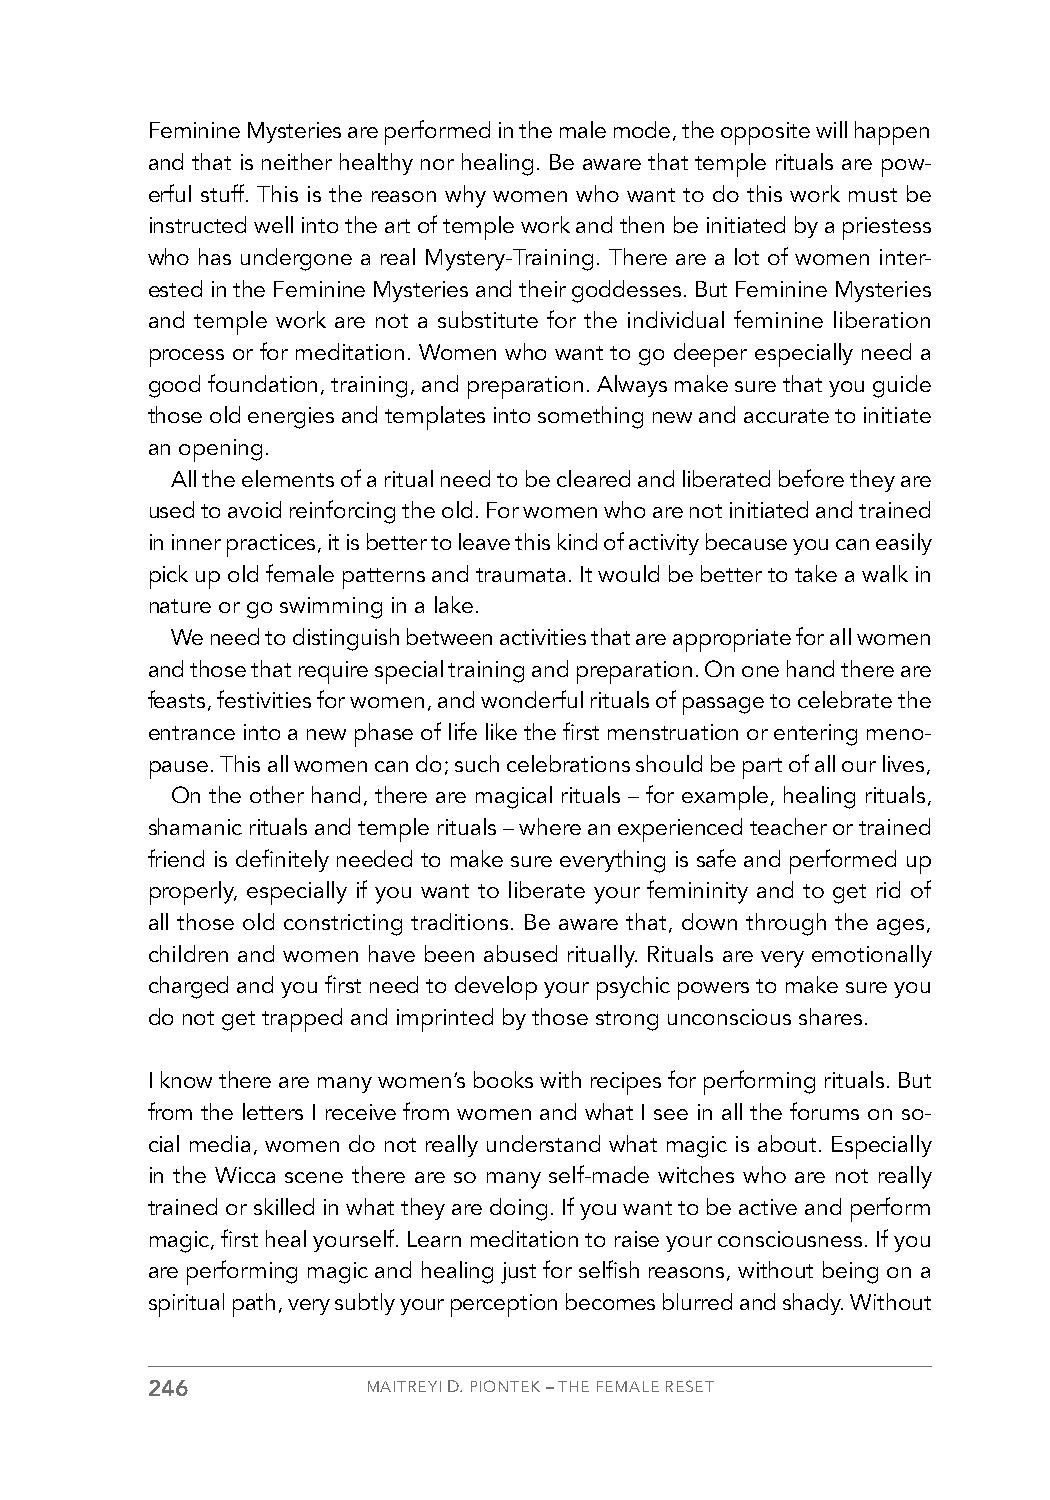
Feminine Mysteries are performed in the male mode, the opposite will happen
 and that is neither healthy nor healing. Be aware that temple rituals are pow-
 erful stuff. This is the reason why women who want to do this work must be
 instructed well into the art of temple work and then be initiated by a priestess
 who has undergone a real Mystery-Training. There are a lot of women inter-
 ested in the Feminine Mysteries and their goddesses. But Feminine Mysteries
 and temple work are not a substitute for the individual feminine liberation
 process or for meditation. Women who want to go deeper especially need a
 good foundation, training, and preparation. Always make sure that you guide
 those old energies and templates into something new and accurate to initiate
 an opening.
 All the elements of a ritual need to be cleared and liberated before they are
 used to avoid reinforcing the old. For women who are not initiated and trained
 in inner practices, it is better to leave this kind of activity because you can easily
 pick up old female patterns and traumata. It would be better to take a walk in
 nature or go swimming in a lake.
 We need to distinguish between activities that are appropriate for all women
 and those that require special training and preparation. On one hand there are
 feasts, festivities for women, and wonderful rituals of passage to celebrate the
 entrance into a new phase of life like the first menstruation or entering meno-
 pause. This all women can do; such celebrations should be part of all our lives,
 On the other hand, there are magical rituals – for example, healing rituals,
 shamanic rituals and temple rituals – where an experienced teacher or trained
 friend is definitely needed to make sure everything is safe and performed up
 properly, especially if you want to liberate your femininity and to get rid of
 all those old constricting traditions. Be aware that, down through the ages,
 children and women have been abused ritually. Rituals are very emotionally
 charged and you first need to develop your psychic powers to make sure you
 do not get trapped and imprinted by those strong unconscious shares.
 I know there are many women’s books with recipes for performing rituals. But
 from the letters I receive from women and what I see in all the forums on so-
 cial media, women do not really understand what magic is about. Especially
 in the Wicca scene there are so many self-made witches who are not really
 trained or skilled in what they are doing. If you want to be active and perform
 magic, first heal yourself. Learn meditation to raise your consciousness. If you
 are performing magic and healing just for selfish reasons, without being on a
 spiritual path, very subtly your perception becomes blurred and shady. Without
 246           MAITREYI D. PIONTEK – THE FEMALE RESET